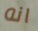
انه